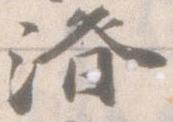
済